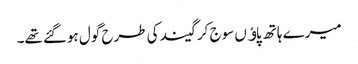
میرے ہاتھ پاﺅں سوج کر گیند کی طرح گول ہوگئے تھے۔